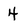
Character: 4